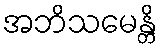
အဘိသမေန္တိ